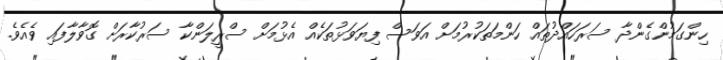
ހިންގަމުންގެންދާ ސަރަހައްދުތައް ހަންމަތަކުރުމަށް އަވަސް ފިޔަވަޅުތަކެއް އެޅުމަށް ސްރީލަންކާ ސަރުކާރަށް ގޮވާލާފައި ވެއެވެ.